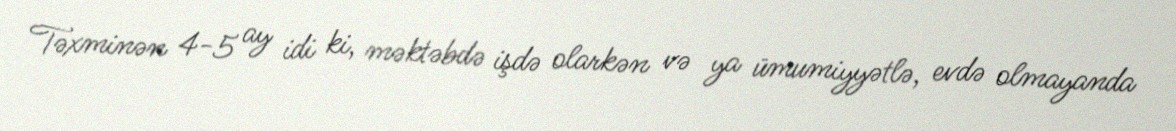
Təxminən 4-5 ay idi ki, məktəbdə işdə olarkən və ya ümumiyyətlə, evdə olmayanda